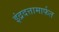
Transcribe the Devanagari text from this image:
इंद्रदत्तामार्फत